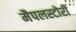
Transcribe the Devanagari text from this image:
मैपलस्टोरी